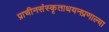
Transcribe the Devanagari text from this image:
प्राचीनसंस्कृताधयनप्रणाल्या